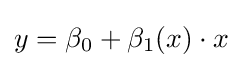
y=\beta _{0}+\beta _{1}(x)\cdot x